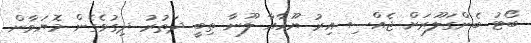
ބޯޓު ބެންގަލޫރަށް ޖެއްސި އިރު ޔޫހާއާ ލޫނާ ތިބީ ދަތުރު ދިގުވެގެން މޮޔަވާން